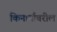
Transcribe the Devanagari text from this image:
किनार्यावरील